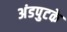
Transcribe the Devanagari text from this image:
अंडपुटके